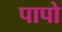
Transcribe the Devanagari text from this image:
पापो